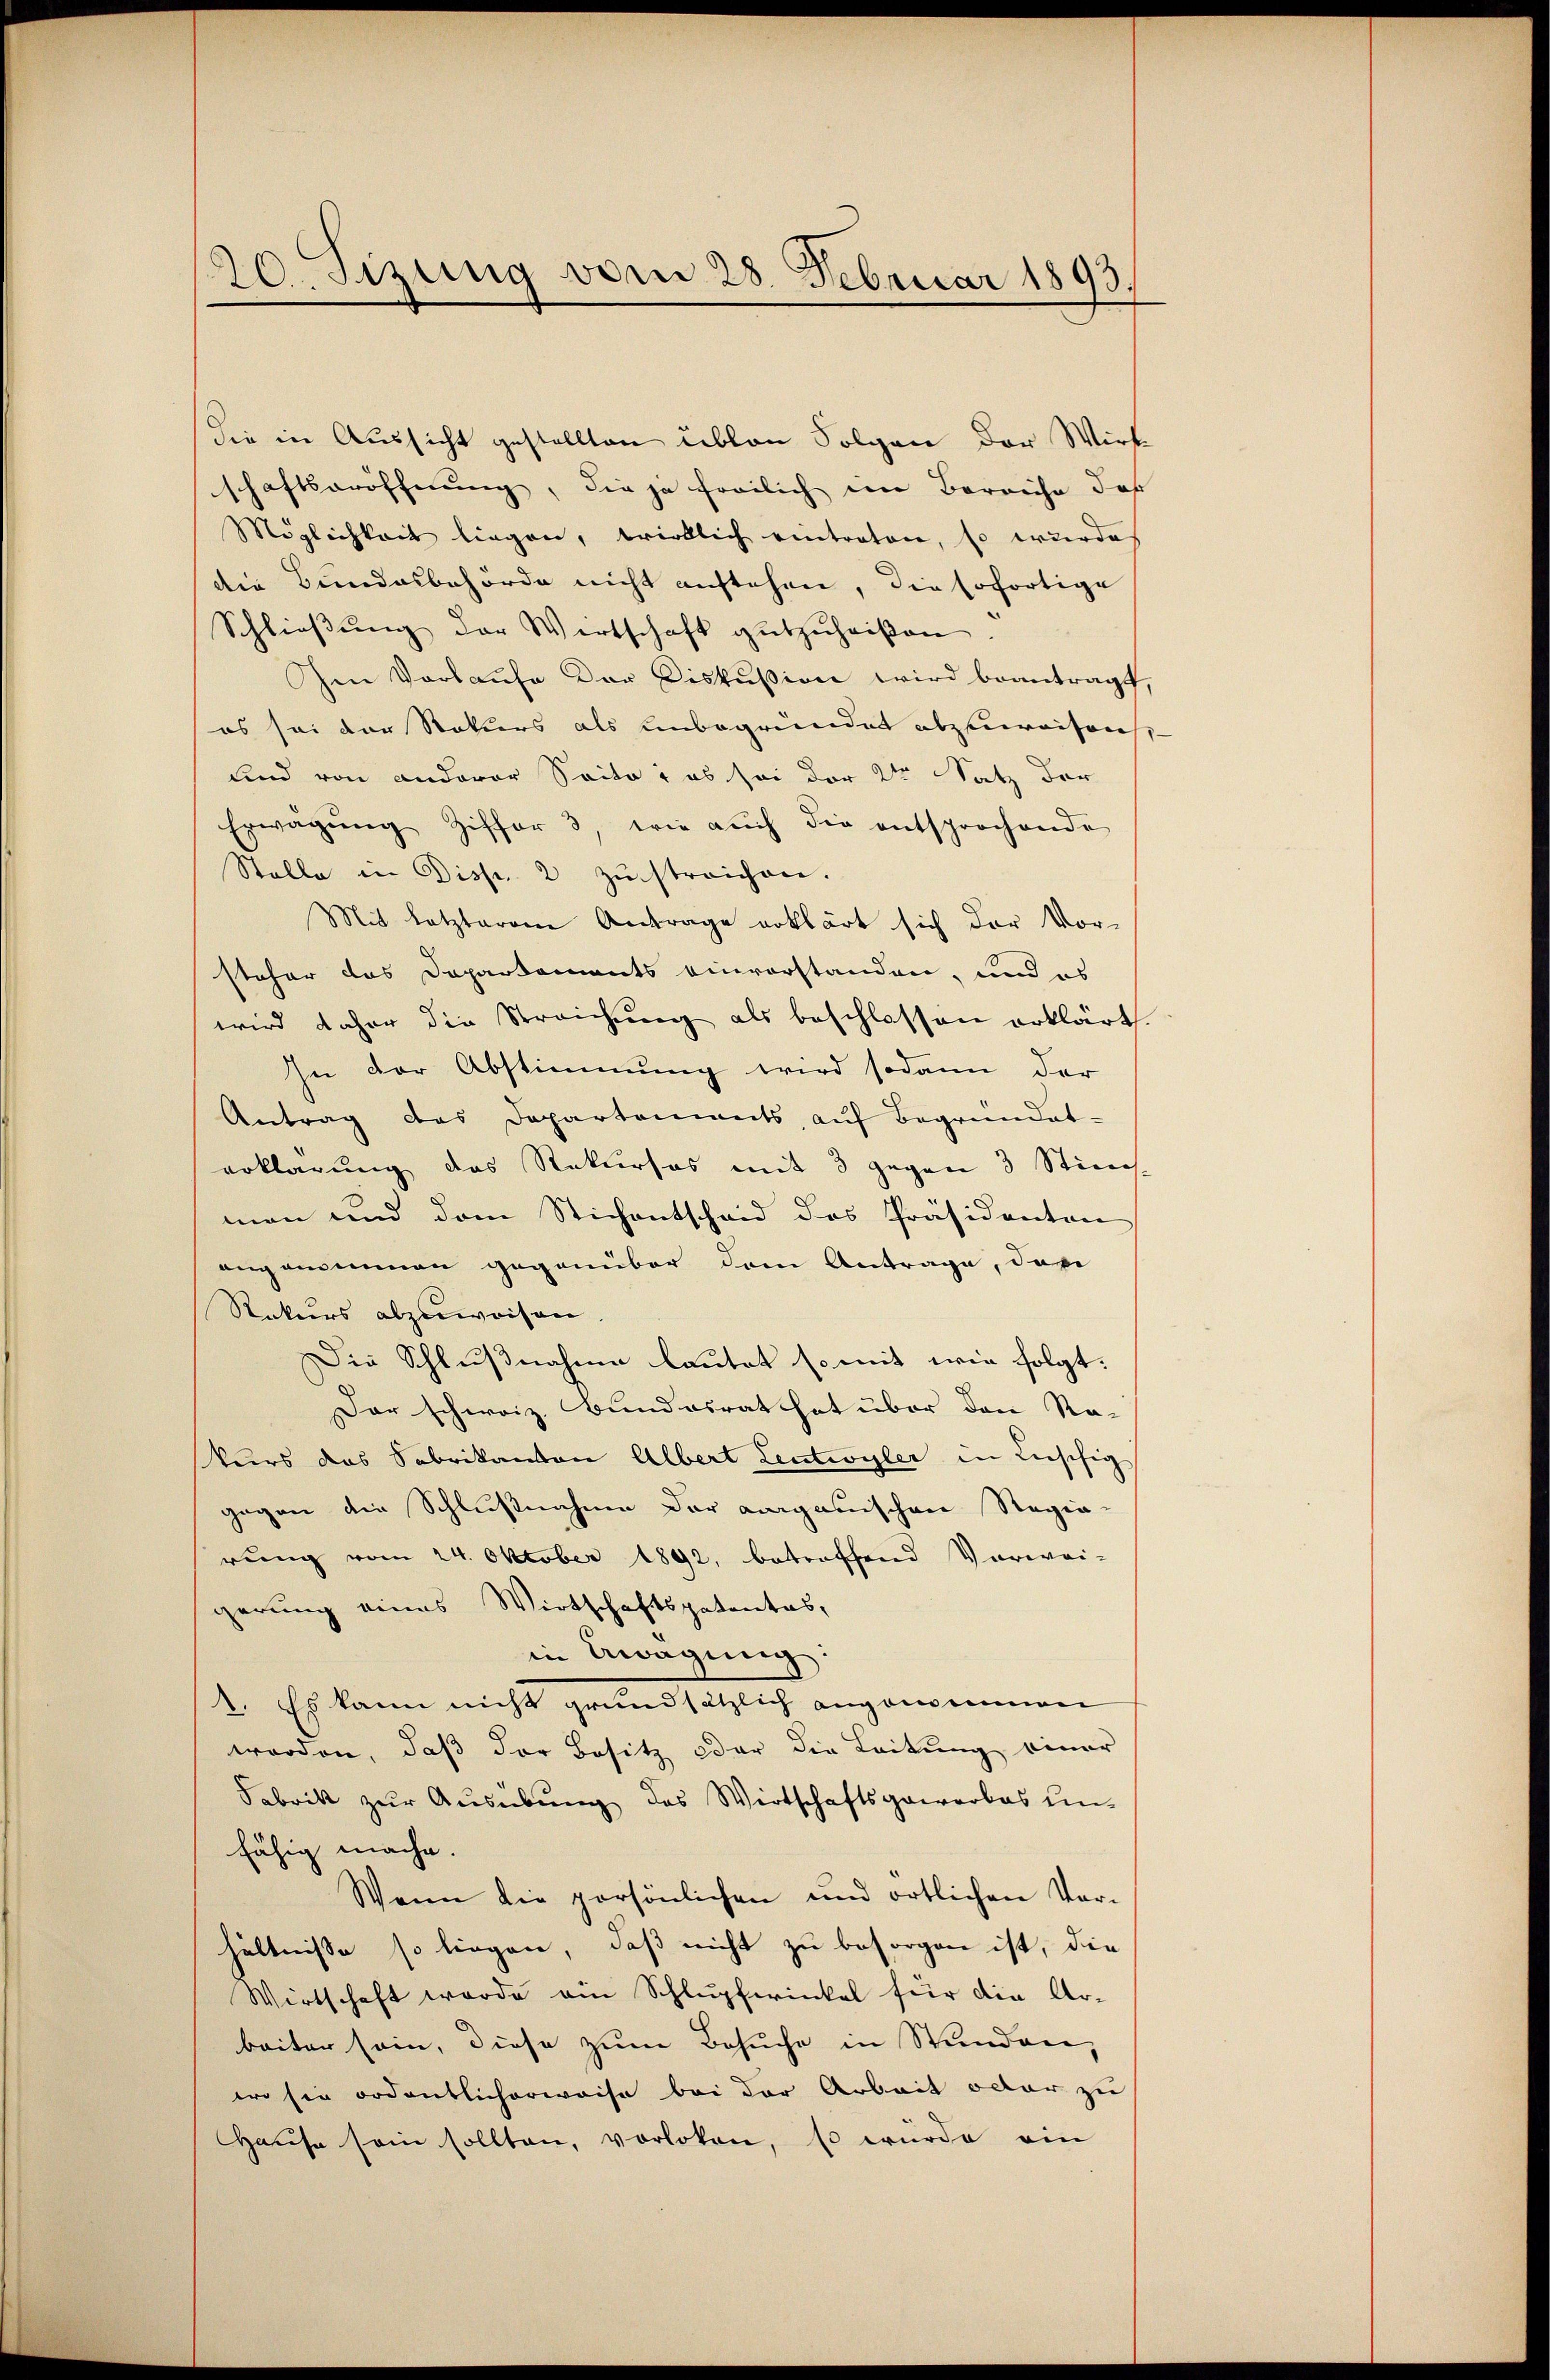
20. Sizung vom 28. Februar 1893.

die in Aussicht gestellten üblen Folgen der Wirk
schaftseröffnung, die ja freilich im Bereiche des
Möglichkeit liegen, wirklich eintraten, so wurde
die Bundesbehörde nicht anstehen, die Erfortige
Schlieβŭng der Wirtschaft gutzuheiβen.
Ien Vorkaufe der Diskussion wird beantragt,
es sei der Rekurs als unbegründet abzuweisen
Und von anderer Saite, es sei der 2ten Satz der
Erwägŭng Ziffer 3 wie auch die entsprochende
Stelle in Disp. 2 zŭstreichen.
Mit letzterem Antrage erklärt sich der Vor-
steher das Departements einvorstanden, und es
wird daher die Streichung als beschlossen erklärt.
In der Abstimmung wird sodann der
Antrag des Departements aŭf Begründet-
erklärung des Rekurses mit 3 gegen 3 Stim-
men und dem Stichentscheid des Präsidenten
angemeinen gegenüber dem Antrage, dar
Rekurs abzuweisen
Die Schlußnahme lautet so mit wie folgt.
Dar schweiz. Bundesrat hat über den Re-
kurs das Sabrikanton Albert Leutwyler in Beschig
gegen die Schlußnahme der aargauischen Regie-
rŭng vom 24. Oktober 1892, betreffend Vorwei-
gerung eines Wirtschaftspatentas,
in Erwägung:
1. Es kann nicht grundsätzlich angenommen
worden, daß der Besitz oder die Leitung einer
Fabrik zur Ausübung des Wirtschaftsgeworbas un-
fähig mache.
Wann die persönlichen und örtlichen Vor-
hältnisse so liegen, daß nicht zu besorgen ist, die
Wirtschaft wurde am Schlupfwinkel für die Arbeiter sein, diese zum Besuche in Stunden,
wo sie ordentlicherweise bei der Arbeit oder zu
Haŭse sein sollten, vorloken, so würde ein